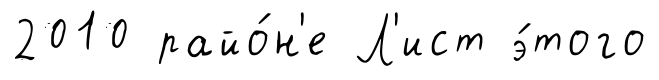
2010 райо́н'е Л'ист э́того